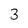
Character: 3